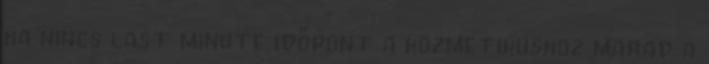
ha nincs last minute időpont a kozmetikushoz marad a